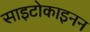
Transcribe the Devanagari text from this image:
साइटोकाइनन